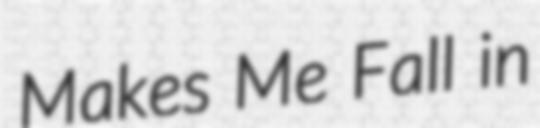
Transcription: Makes Me Fall in